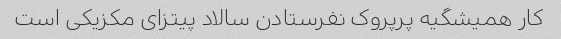
کار همیشگیه پرپروک نفرستادن سالاد پیتزای مکزیکی است